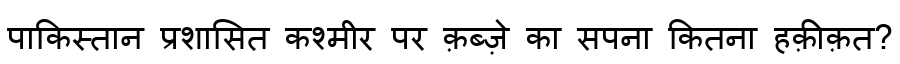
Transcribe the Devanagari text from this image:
पाकिस्तान प्रशासित कश्मीर पर क़ब्ज़े का सपना कितना हक़ीक़त?